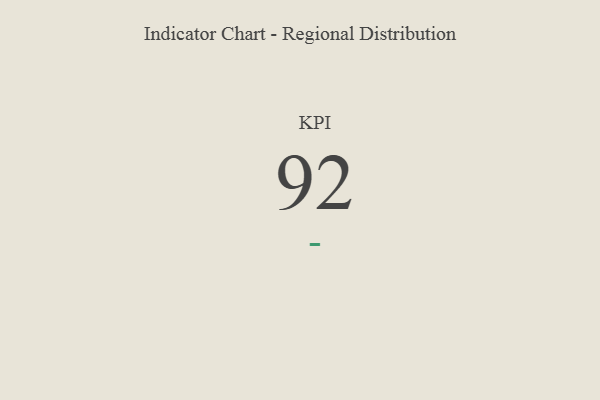
{"axis": {"x": "KPI", "y": "Value"}, "legend": [""], "data": [{"x": "KPI", "y": 92, "type": ""}]}